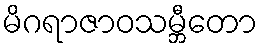
မိဂရာဇာဝသမ္ဘီတော